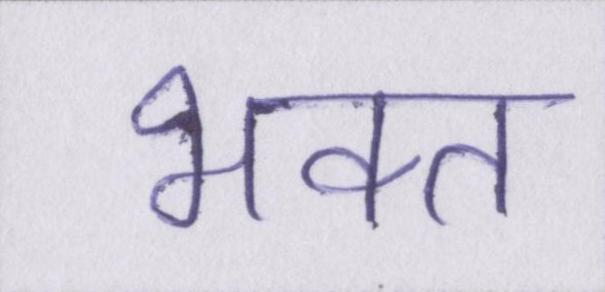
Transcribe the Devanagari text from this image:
भक्त